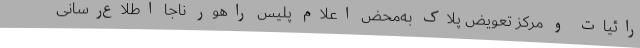
رائیات و مرکز تعویض پلاک به‌محض اعلام پلیس راهور ناجا اطلاع‌رسانی